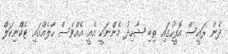
ދެން ރައީސް އޮފީހުގައި ތިބި ޝާހިދު މެންނަކީ އެއީ އެއްވެސް ހާލެއްގައި ޓެކްނިކަލް